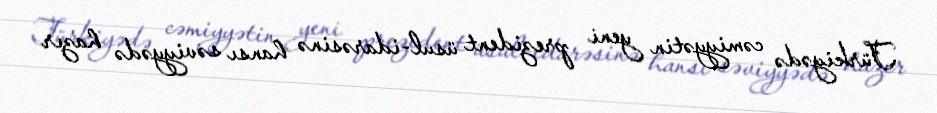
Türkiyədə cəmiyyətin yeni prezident üsul-idarəsinə hansı səviyyədə hazır